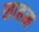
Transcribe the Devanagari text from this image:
साहस्र